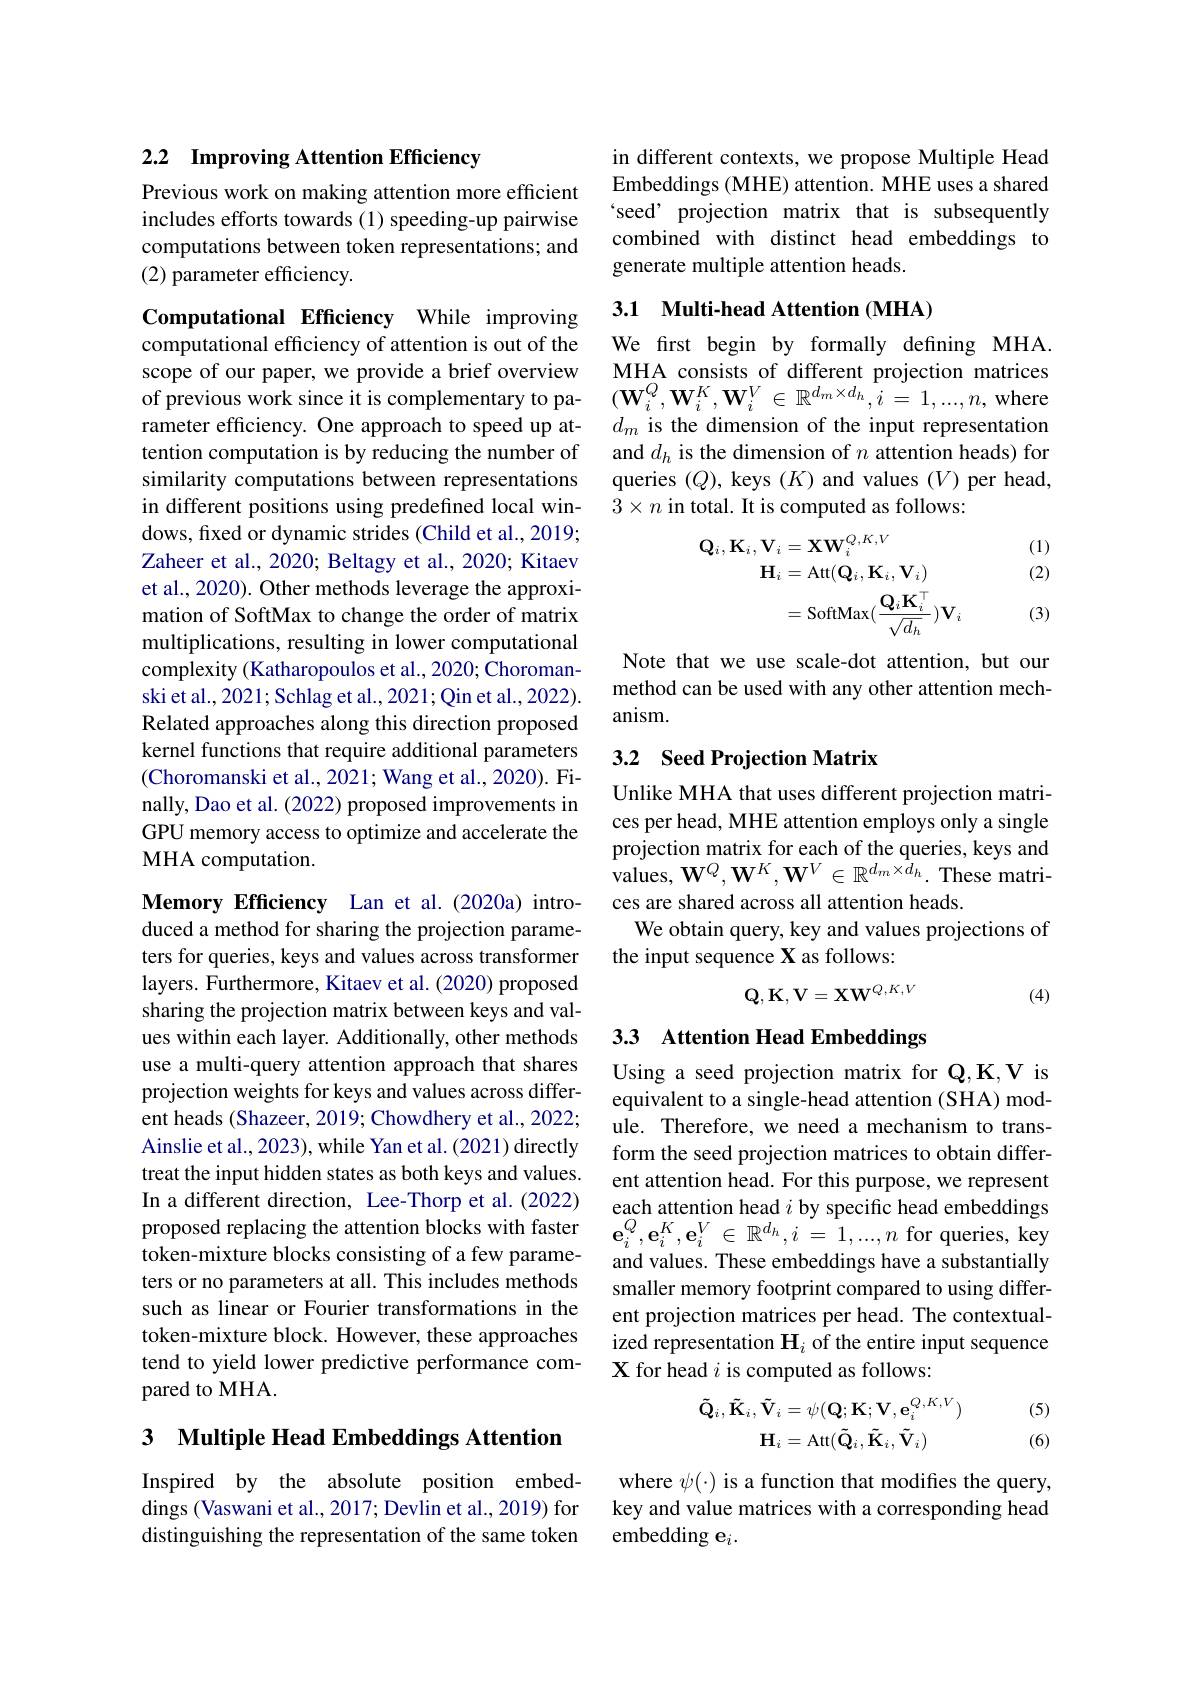
## 2.2 Improving Attention Efficiency

Previous work on making attention more efficient includes efforts towards (1) speeding-up pairwise computations between token representations; and (2) parameter efficiency.

Computational Efficiency While improving computational efficiency of attention is out of the scope of our paper, we provide a brief overview rameter efficiency. One approach to speed up attention computation is by reducing the number of similarity computations between representations in different positions using predefined local windows, fixed or dynamic strides (Child et al., 2019; Zaheer et al., 2020; Beltagy et al., 2020; Kitaev et al., 2020). Other methods leverage the approximation of SoftMax to change the order of matrix multiplications, resulting in lower computational complexity (Katharopoulos et al., 2020; Choromanski et al., 2021; Schlag et al., 2021; Qin et al., 2022). Related approaches along this direction proposed kernel functions that require additional parameters (Choromanski et al., 2021; Wang et al., 2020). Finally, Dao et al. (2022) proposed improvements in GPU memory access to optimize and accelerate the MHA computation.

Memory Efficiency Lan et al.(2020a) introduced a method for sharing the projection parameters for queries, keys and values across transformer layers. Furthermore, Kitaev et al. (2020) proposed sharing the projection matrix between keys and values within each layer. Additionally, other methods use a multi-query attention approach that shares projection weights for keys and values across different heads (Shazeer, 2019; Chowdhery et al., 2022; Ainslie et al., 2023), while Yan et al. (2021) directly treat the input hidden states as both keys and values. In a different direction, Lee-Thorp et al.(2022) proposed replacing the attention blocks with faster $\mathbf{e}_i^Q,\mathbf{e}_i^K,\mathbf{e}_i^V\in\mathbb{R}^{d_h},i=1,...,n$ for queries, key
token-mixture blocks consisting of a few parameters or no parameters at all. This includes methods such as linear or Fourier transformations in the token-mixture block. However, these approaches tend to yield lower predictive performance compared to MHA.

3 $\textbf{Multiple Head Embeddings Attention}$

Inspired by the absolute position embeddings (Vaswani et al., 2017; Devlin et al., 2019) for distinguishing the representation of the same token

in different contexts, we propose Multiple Head Embeddings (MHE) attention. MHE uses a shared `seed' projection matrix that is subsequently combined with distinct head embeddings to generate multiple attention heads.

## 3.1 Multi-head Attention (MHA)

We first begin by formally defining MHA. MHA consists of different projection matrices
of previous work since it is complementary to pa- $(\mathbf{W}_i^Q,\mathbf{W}_i^K,\mathbf{W}_i^V\in\mathbb{R}^{d_m\times d_h},i=1,...,n$, where
$d_m$ is the dimension of the input representation and $d_h$ is the dimension of $n$ attention heads) for queries $(Q)$, keys $(K)$ and values $(V)$ per head, $3\times n$ in total. It is computed as follows:

(1) (2)
$$\begin{aligned}\mathbf{Q}_{i},\mathbf{K}_{i},\mathbf{V}_{i}&=\mathbf{X}\mathbf{W}_{i}^{Q,K,V}\\\mathbf{H}_{i}&=\mathrm{Att}(\mathbf{Q}_{i},\mathbf{K}_{i},\mathbf{V}_{i})\\&=\mathrm{SoftMax}(\frac{\mathbf{Q}_{i}\mathbf{K}_{i}^{\top}}{\sqrt{d_{h}}})\mathbf{V}_{i}\\\end{aligned}$$
(3)

Note that we use scale-dot attention, but our method can be used with any other attention mechanism.

## 3.2 Seed Projection Matrix

Unlike MHA that uses different projection matrices per head, MHE attention employs only a single projection matrix for each of the queries, keys and values, $\mathbf{W}^{Q},\mathbf{W}^{K},\mathbf{W}^{V}\in\mathbb{R}^{d_{m}\times\tilde{d}_{h}}.$ These matrices are shared across all attention heads.
We obtain query, key and values projections of
the input sequence X as follows:
$$\mathbf{Q},\mathbf{K},\mathbf{V}=\mathbf{X}\mathbf{W}^{Q,K,V}$$
(4)

## 3.3 Attention Head Embeddings

Using a seed projection matrix for Q,K,V is equivalent to a single-head attention (SHA) module. Therefore, we need a mechanism to transform the seed projection matrices to obtain different attention head. For this purpose, we represent each attention head $i$ by specific head embeddings and values. These embeddings have a substantially smaller memory footprint compared to using different projection matrices per head. The contextualized representation $\mathbf{H}_i$ of the entire input sequence X for head $i$ is computed as follows:

(5) (6)
$$\tilde{\mathbf{Q}}_{i},\tilde{\mathbf{K}}_{i},\tilde{\mathbf{V}}_{i}=\psi(\mathbf{Q};\mathbf{K};\mathbf{V},\mathbf{e}_{i}^{Q,K,V})\\\mathbf{H}_{i}=\mathrm{Att}(\tilde{\mathbf{Q}}_{i},\tilde{\mathbf{K}}_{i},\tilde{\mathbf{V}}_{i})$$
where $\psi(\cdot)$ is a function that modifies the query, key and value matrices with a corresponding head embedding e$_i.$